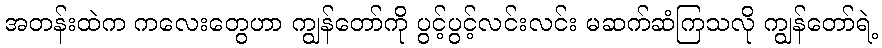
အတန်းထဲက ကလေးတွေဟာ ကျွန်တော်ကို ပွင့်ပွင့်လင်းလင်း မဆက်ဆံကြသလို ကျွန်တော်ရဲ့